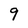
Character: 9